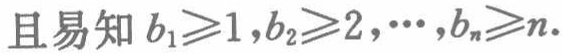
且易知 \(b_1\geqslant1,b_2\geqslant2,\cdots,b_n\geqslant n\)